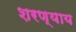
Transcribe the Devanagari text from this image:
शरण्याय